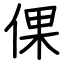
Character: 倮